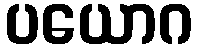
ပယောဂ